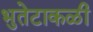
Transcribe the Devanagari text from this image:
भुतेटाकळी